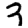
Digit: 3